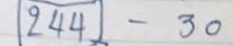
244 - 30